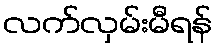
လက်လှမ်းမီရန်